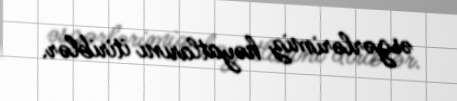
əsgərlərimiz həyatlarını itiriblər.